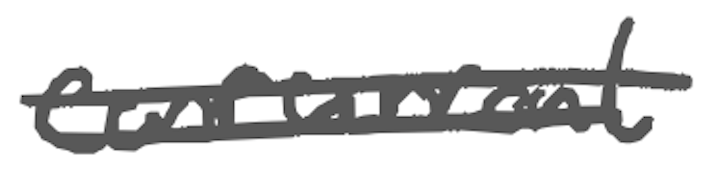
Text: concurrent
Cross-out: double-line
Writing tool: digital_gray